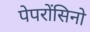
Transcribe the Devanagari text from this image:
पेपरोंसिनो